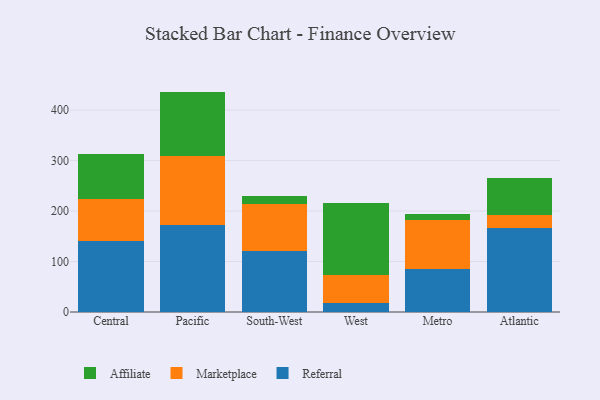
{"axis": {"x": "Region", "y": "LTV (USD)"}, "legend": ["Affiliate", "Marketplace", "Referral"], "data": [{"x": "Central", "y": 140.4, "type": "Referral"}, {"x": "Central", "y": 84.2, "type": "Marketplace"}, {"x": "Central", "y": 89.3, "type": "Affiliate"}, {"x": "Pacific", "y": 171.7, "type": "Referral"}, {"x": "Pacific", "y": 137.4, "type": "Marketplace"}, {"x": "Pacific", "y": 127.6, "type": "Affiliate"}, {"x": "South-West", "y": 121.8, "type": "Referral"}, {"x": "South-West", "y": 92.8, "type": "Marketplace"}, {"x": "South-West", "y": 15.5, "type": "Affiliate"}, {"x": "West", "y": 17.4, "type": "Referral"}, {"x": "West", "y": 56.9, "type": "Marketplace"}, {"x": "West", "y": 142.0, "type": "Affiliate"}, {"x": "Metro", "y": 86.2, "type": "Referral"}, {"x": "Metro", "y": 95.8, "type": "Marketplace"}, {"x": "Metro", "y": 12.4, "type": "Affiliate"}, {"x": "Atlantic", "y": 165.5, "type": "Referral"}, {"x": "Atlantic", "y": 26.1, "type": "Marketplace"}, {"x": "Atlantic", "y": 74.8, "type": "Affiliate"}]}